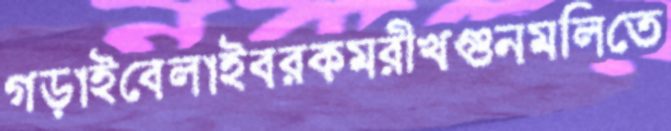
গড়াইবেলাইবরকমরীখগুনমলিতে